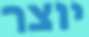
יוצר